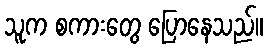
သူက စကားတွေ ပြောနေသည်။